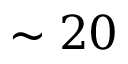
\sim 2 0